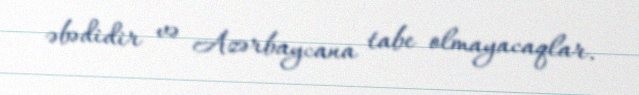
əbədidir və Azərbaycana tabe olmayacaqlar.